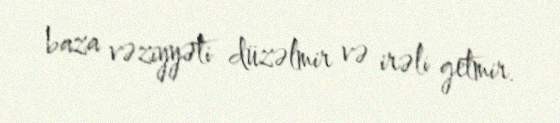
baza vəziyyəti düzəlmir və irəli getmir.